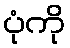
ပုံကို